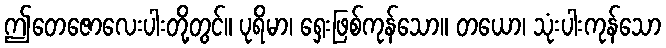
ဤတေဇောလေးပါးတို့တွင်။ ပုရိမာ၊ ရှေးဖြစ်ကုန်သော။ တယော၊ သုံးပါးကုန်သော